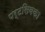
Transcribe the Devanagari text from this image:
पर्टसिवका